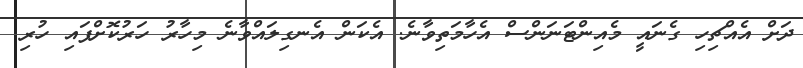
ދަށް އެއްޗިހި ގެނައީ މެއިންޓަނަންސް އެހާމަތިވާނެ. އެކަން އެނގިލައްވާނެ މިހާރު ހަރުކޮށްފައި ހުރި